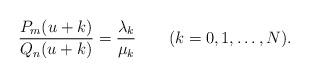
LaTeX: \begin{align*}\dfrac{P_m(u+k)}{Q_n(u+k)}=\dfrac{\lambda_k}{\mu_k}\qquad(k=0,1,\ldots,N).\end{align*}